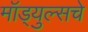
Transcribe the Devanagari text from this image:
मॉड्युल्सचे